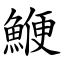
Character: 鯾